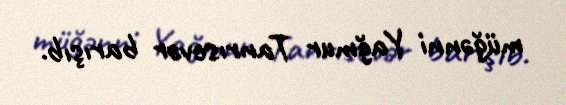
müğənni Yağmur Tanrısevər barışıb.